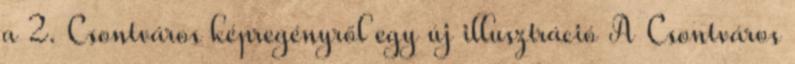
a 2. Csontváros képregényről egy új illusztráció A Csontváros